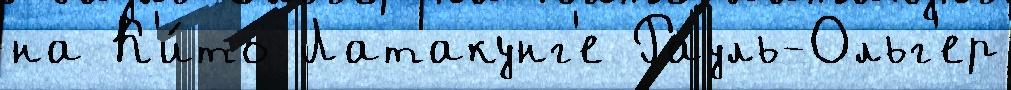
на К'и́то Латакунг'е Рауль-Ольг'ер